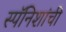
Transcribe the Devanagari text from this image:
स्पॅनिशांची